Scottish Leaving Certificate Examination, 1953
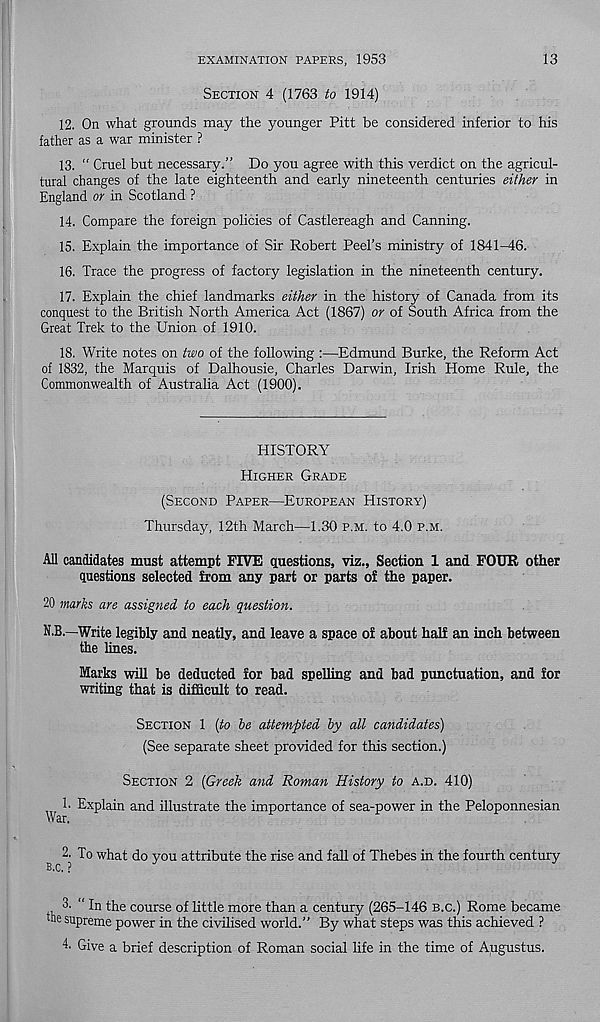
EXAMINATION PAPERS, 1953
13
SECTION 4 (1763 to 1914)
12. On what grounds may the younger Pitt be considered inferior to his
father as a war minister ?
13. “ Cruel but necessary.” Do you agree with this verdict on the agricul-
tural changes of the late eighteenth and early nineteenth centuries either in
England or in Scotland ?
14. Compare the foreign policies of Castlereagh and Canning.
15. Explain the importance of Sir Robert Peel’s ministry of 1841-46.
16. Trace the progress of factory legislation in the nineteenth century.
17. Explain the chief landmarks either in the history of Canada from its
conquest to the British North America Act (1867) or of South Africa from the
Great Trek to the Union of 1910.
18. Write notes on two of the following :—Edmund Burke, the Reform Act
of 1832, the Marquis of Dalhousie, Charles Darwin, Irish Home Rule, the
Commonwealth of Australia Act (1900).
HISTORY
HIGHER GRADE
(SECOND PAPER—EUROPEAN HISTORY)
Thursday, 12th March—1.30 P.M. to 4.0 P.M.
All candidates must attempt FIVE questions, viz., Section 1 and FOUR other
questions selected from any part or parts of the paper.
20 marks are assigned to each question.
N.B.—Write legibly and neatly, and leave a space of about half an inch between
the lines.
Marks will be deducted for bad spelling and bad punctuation, and for
writing that is difficult to read.
SECTION 1 (to he attempted hy all candidates)
(See separate sheet provided for this section.)
SECTION 2 (Greek and Roman History to A.D. 410)
1. Explain and illustrate the importance of sea-power in the Peloponnesian
War.
2. To what do you attribute the rise and fall of Thebes in the fourth century
B.C, ?
3. “ In the course of little more than a century (265-146 B.c.) Rome became
the supreme power in the civilised world.” By what steps was this achieved ?
4. Give a brief description of Roman social life in the time of Augustus.